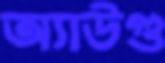
অ্যাউগু